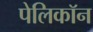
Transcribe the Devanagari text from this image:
पेलिकॉन